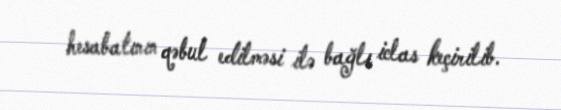
hesabatının qəbul edilməsi ilə bağlı iclas keçirilib.